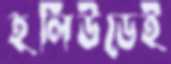
হলিউডেই